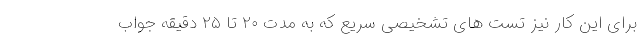
برای این کار نیز تست های تشخیصی سریع که به مدت ۲۰ تا ۲۵ دقیقه جواب